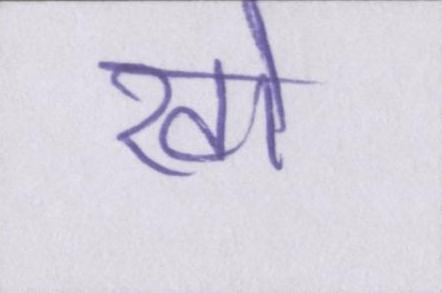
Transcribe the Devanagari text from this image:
खो